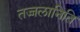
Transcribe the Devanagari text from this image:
तज्जलानिति